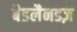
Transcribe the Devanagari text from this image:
बैडलैनडज़